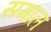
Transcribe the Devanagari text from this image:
समाल